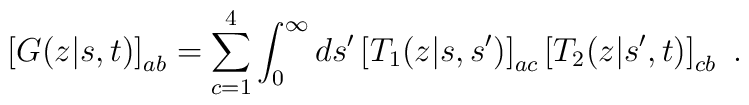
\left[G(z|s,t)\right]_{ab} = \sum_{c=1}^4\int_0^\infty ds^\prime\left[T_1(z|s,s^\prime)\right]_{ac}\left[T_2(z|s^\prime,t)\right]_{cb}\ .